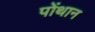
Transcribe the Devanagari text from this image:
पोंथान